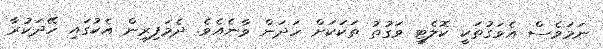
ނަމަވެސް އެވަގުތަކީ ކޮލެޓީ ވަގުތު ތަކަކަށް ހަދަން ވާނެއެވެ. ދެމަފިރިން އެކުގައި ހޭދަކުރާ